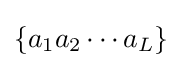
\left\{a_{1}a_{2}\cdots a_{L}\right\}